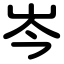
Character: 岑